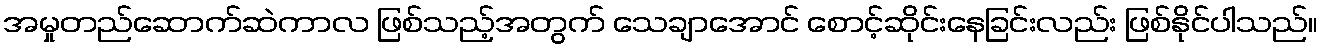
အမှုတည်ဆောက်ဆဲကာလ ဖြစ်သည့်အတွက် သေချာအောင် စောင့်ဆိုင်းနေခြင်းလည်း ဖြစ်နိုင်ပါသည်။